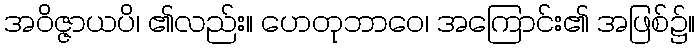
အဝိဇ္ဇာယပိ၊ ၏လည်း။ ဟေတုဘာဝေ၊ အကြောင်း၏ အဖြစ်၌။